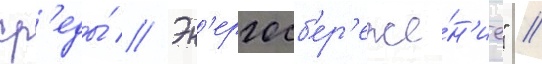
ср'еды́ // Эн'ергосб'ер'еже́н'ие" //